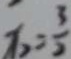
x _ { 2 } = \frac { 3 } { 2 }